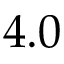
4 . 0